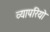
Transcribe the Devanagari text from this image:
व्यापरियो